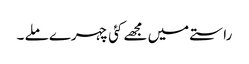
راستے میں مجھے کئی چہرے ملے ۔